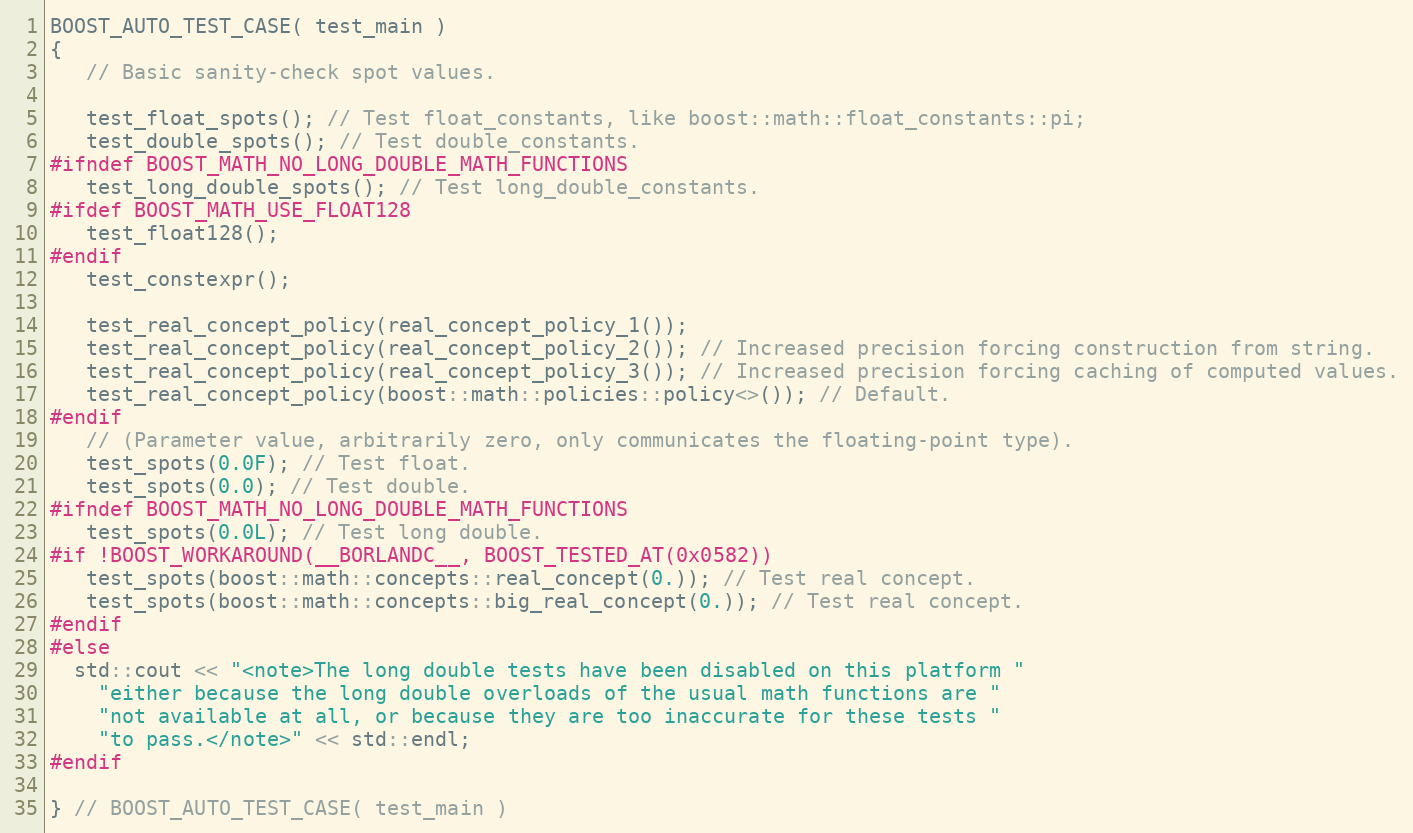
Language: C++
BOOST_AUTO_TEST_CASE( test_main )
{
   // Basic sanity-check spot values.

   test_float_spots(); // Test float_constants, like boost::math::float_constants::pi;
   test_double_spots(); // Test double_constants.
#ifndef BOOST_MATH_NO_LONG_DOUBLE_MATH_FUNCTIONS
   test_long_double_spots(); // Test long_double_constants.
#ifdef BOOST_MATH_USE_FLOAT128
   test_float128();
#endif
   test_constexpr();

   test_real_concept_policy(real_concept_policy_1());
   test_real_concept_policy(real_concept_policy_2()); // Increased precision forcing construction from string.
   test_real_concept_policy(real_concept_policy_3()); // Increased precision forcing caching of computed values.
   test_real_concept_policy(boost::math::policies::policy<>()); // Default.
#endif
   // (Parameter value, arbitrarily zero, only communicates the floating-point type).
   test_spots(0.0F); // Test float.
   test_spots(0.0); // Test double.
#ifndef BOOST_MATH_NO_LONG_DOUBLE_MATH_FUNCTIONS
   test_spots(0.0L); // Test long double.
#if !BOOST_WORKAROUND(__BORLANDC__, BOOST_TESTED_AT(0x0582))
   test_spots(boost::math::concepts::real_concept(0.)); // Test real concept.
   test_spots(boost::math::concepts::big_real_concept(0.)); // Test real concept.
#endif
#else
  std::cout << "<note>The long double tests have been disabled on this platform "
    "either because the long double overloads of the usual math functions are "
    "not available at all, or because they are too inaccurate for these tests "
    "to pass.</note>" << std::endl;
#endif

} // BOOST_AUTO_TEST_CASE( test_main )